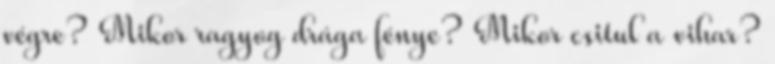
végre? Mikor ragyog drága fénye? Mikor csitul a vihar?